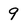
Character: 9